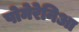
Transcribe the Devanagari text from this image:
पोमेरेनिआ